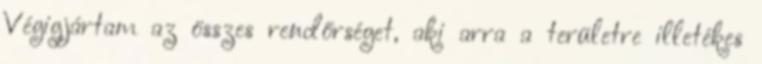
Végigjártam az összes rendőrséget, aki arra a területre illetékes